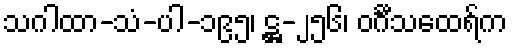
သဂါထာ-သံ-ပါ-၁၉၅၊ ဋ္ဌ-၂၅၆၊ ဝင်္ဂီသထေရ်က